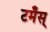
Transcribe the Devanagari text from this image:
टमँस्